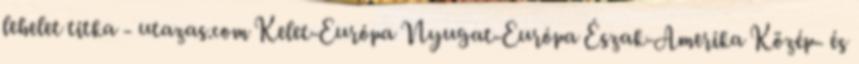
lehelet titka - utazas.com Kelet-Európa Nyugat-Európa Észak-Amerika Közép- és